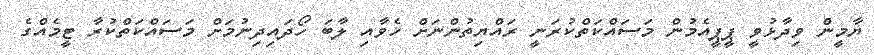
ޔާމީން ވިދާޅުވީ ޕީޕީއެމުން މަސައްކަތްކުރަނީ ރައްޔިތުންނަށް ހެވާއި ލާބަ ހޯދައިދިނުމަށް މަސައްކަތްކުރާ ޓީމެއްގެ